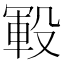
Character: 𰚅